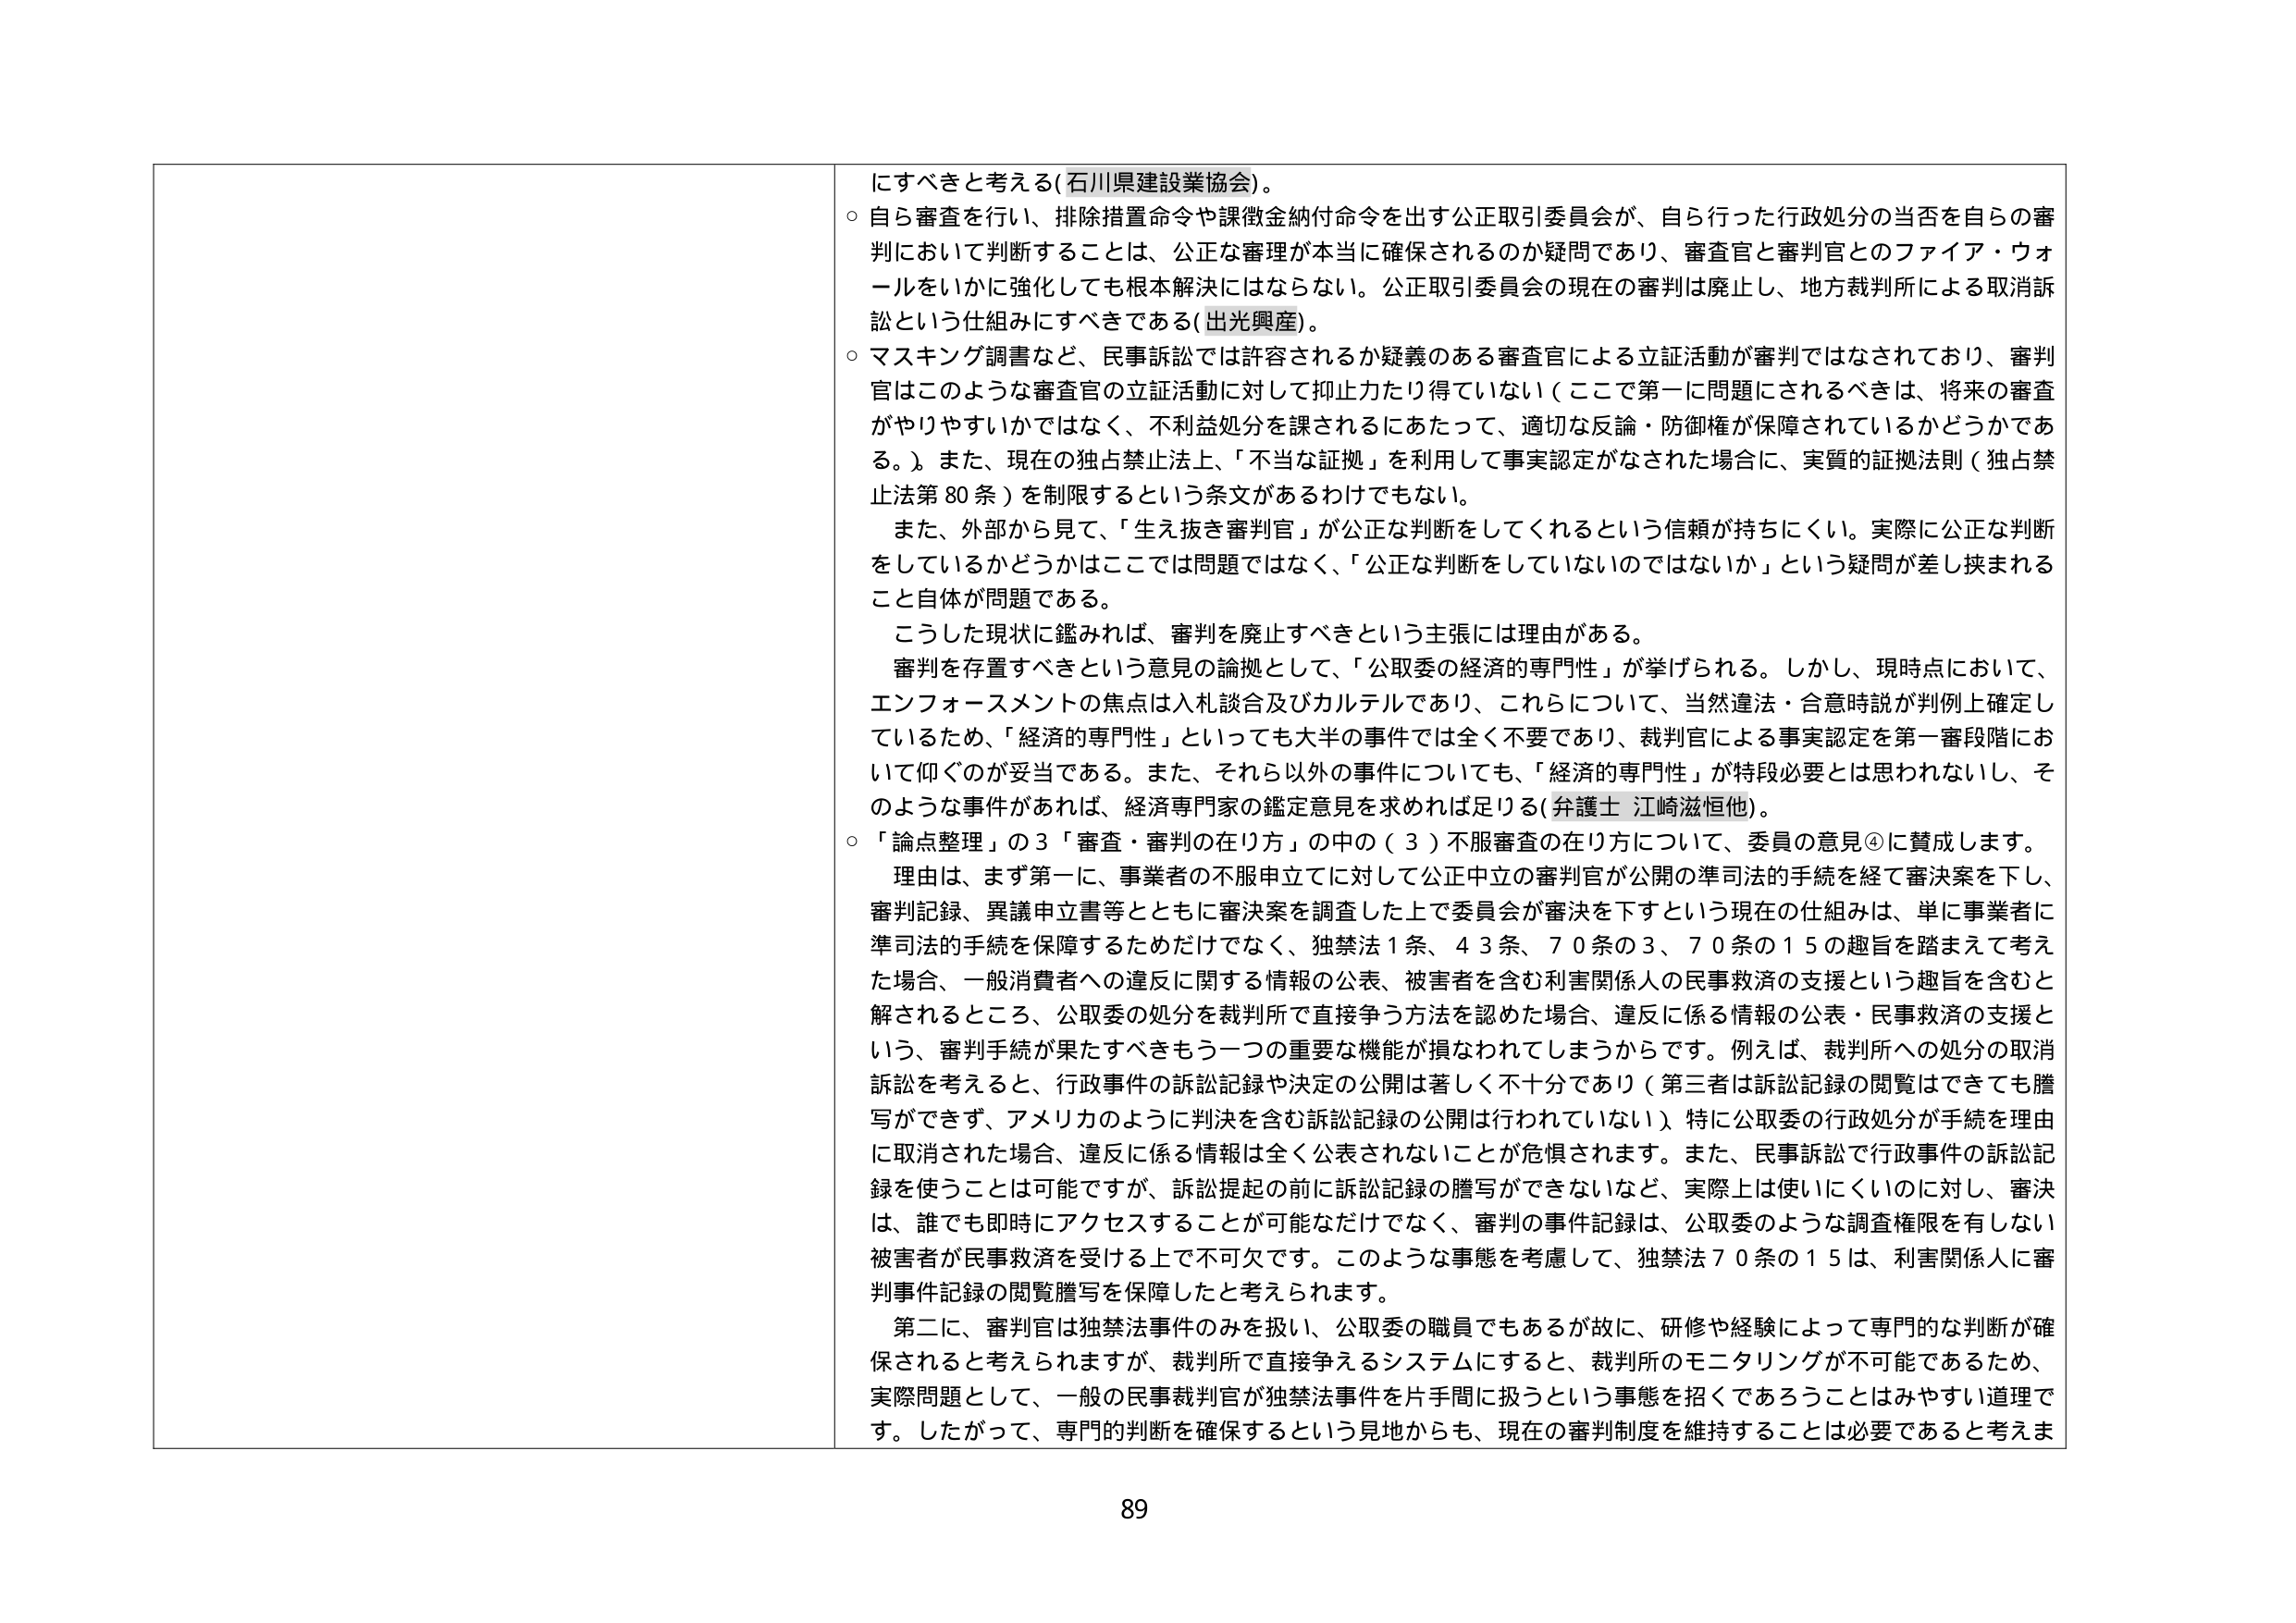
にすべきと考える(石川県建設業協会)。
○ 自ら審査を行い、排除措置命令や課徴金納付命令を出す公正取引委員会が、自ら行った行政処分の当否を自らの審判において判断することは、公正な審理が本当に確保されるのか疑問であり、審査官と審判官とのファイア・ウォールをいかに強化しても根本解決にはならない。公正取引委員会の現在の審判は廃止し、地方裁判所による取消訴訟という仕組みにすべきである(出光興産)。
○ マスキング調書など、民事訴訟では許容されるか疑義のある審査官による立証活動が審判ではなされており、審判官はこのような審査官の立証活動に対して抑止力たり得ていない（ここで第一に問題にされるべきは、将来の審査がやりやすいかではなく、不利益処分を課されるにあたって、適切な反論・防御権が保障されているかどうかである。）。また、現在の独占禁止法上、「不当な証拠」を利用して事実認定がなされた場合に、実質的証拠法則（独占禁止法第80条）を制限するという条文があるわけでもない。
　また、外部から見て、「生え抜き審判官」が公正な判断をしてくれるという信頼が持ちにくい。実際に公正な判断をしているかどうかはここでは問題ではなく、「公正な判断をしていないのではないか」という疑問が差し挟まれること自体が問題である。
　こうした現状に鑑みれば、審判を廃止すべきという主張には理由がある。
　審判を存置すべきという意見の論拠として、「公取委の経済的専門性」が挙げられる。しかし、現時点において、エンフォースメントの焦点は入札談合及びカルテルであり、これらについて、当然違法・合意時説が判例上確定しているため、「経済的専門性」といっても大半の事件では全く不要であり、裁判官による事実認定を第一審段階において仰ぐのが妥当である。また、それら以外の事件についても、「経済的専門性」が特段必要とは思われないし、そのような事件があれば、経済専門家の鑑定意見を求めれば足りる(弁護士 江崎滋恒他)。
○ 「論点整理」の3「審査・審判の在り方」の中の（3）不服審査の在り方について、委員の意見④に賛成します。
　理由は、まず第一に、事業者の不服申立てに対して公正中立の審判官が公開の準司法的手続を経て審決案を下し、審判記録、異議申立書等とともに審決案を調査した上で委員会が審決を下すという現在の仕組みは、単に事業者に準司法的手続を保障するためだけでなく、独禁法1条、43条、70条の3、70条の15の趣旨を踏まえて考えた場合、一般消費者への違反に関する情報の公表、被害者を含む利害関係人の民事救済の支援という趣旨を含むと解されるところ、公取委の処分を裁判所で直接争う方法を認めた場合、違反に係る情報の公表・民事救済の支援という、審判手続が果たすべきもう一つの重要な機能が損なわれてしまうからです。例えば、裁判所への処分の取消訴訟を考えると、行政事件の訴訟記録や決定の公開は著しく不十分であり（第三者は訴訟記録の閲覧はできても謄写ができず、アメリカのように判決を含む訴訟記録の公開は行われていない）、特に公取委の行政処分が手続を理由に取消された場合、違反に係る情報は全く公表されないことが危惧されます。また、民事訴訟で行政事件の訴訟記録を使うことは可能ですが、訴訟提起の前に訴訟記録の謄写ができないなど、実際上は使いにくいのに対し、審決は、誰でも即時にアクセスすることが可能だけでなく、審判の事件記録は、公取委のような調査権限を有しない被害者が民事救済を受ける上で不可欠です。このような事態を考慮して、独禁法70条の15は、利害関係人に審判事件記録の閲覧謄写を保障したと考えられます。
　第二に、審判官は独禁法事件のみを扱い、公取委の職員でもあるが故に、研修や経験によって専門的な判断が確保されると考えられますが、裁判所で直接争えるシステムにすると、裁判所のモニタリングが不可能であるため、実際問題として、一般の民事裁判官が独禁法事件を片手間に扱うという事態を招くであろうことはみやすい道理です。したがって、専門的判断を確保するという見地からも、現在の審判制度を維持することは必要であると考えま

89